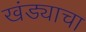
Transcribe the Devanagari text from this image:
खंड्याचा